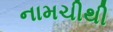
નામચીથી